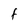
Character: F